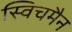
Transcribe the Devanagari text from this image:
स्विचमैन